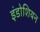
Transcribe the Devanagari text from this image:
इंडोशियन